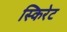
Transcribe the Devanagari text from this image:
स्किरेट